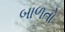
બાળતો